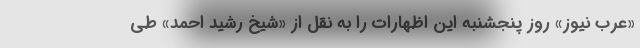
«عرب نیوز» روز پنجشنبه این اظهارات را به نقل از «شیخ رشید احمد» طی